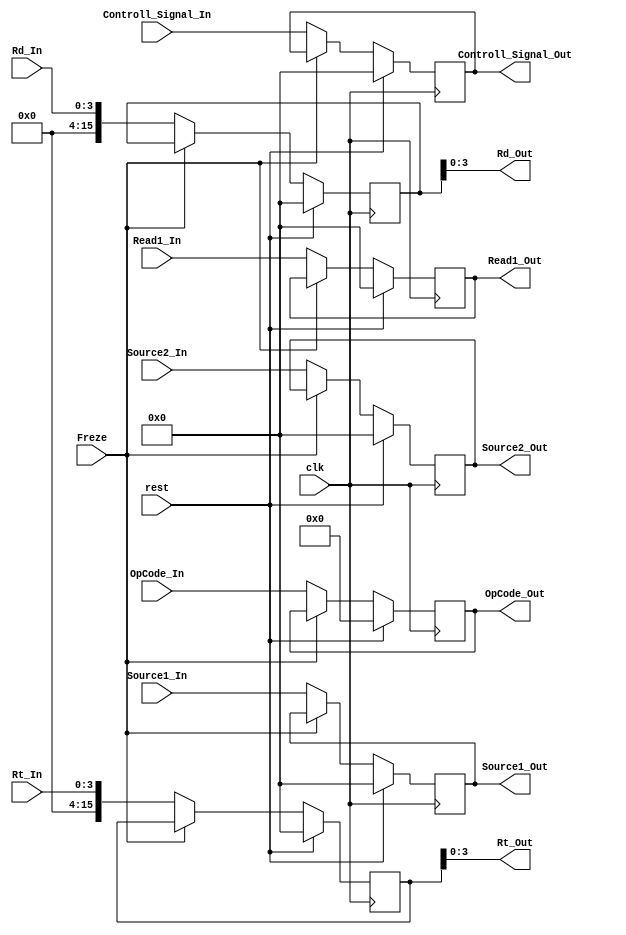
module ID2EX_Register(clk , rest , Freze , Controll_Signal_In , OpCode_In , Source1_In , Read1_In , Source2_In , Rd_In , Rt_In , Controll_Signal_Out , OpCode_Out , Source1_Out , Read1_Out , Source2_Out , Rd_Out , Rt_Out);
	input clk , rest , Freze ;
	input [3:0] OpCode_In , Rd_In , Rt_In ;
	output [3:0] OpCode_Out , Rd_Out , Rt_Out ;
	input [15:0]  Controll_Signal_In ,Source1_In , Read1_In , Source2_In  ;
	output [15:0] Controll_Signal_Out ,Source1_Out , Read1_Out , Source2_Out ;
	
	reg [15:0] Controll_Signal_Out_register ,Source1_Out_register , Read1_Out_register , Source2_Out_register , Rd_Out_register , Rt_Out_register ;
	assign Controll_Signal_Out = Controll_Signal_Out_register ; 
	assign Source1_Out = Source1_Out_register ;
	assign Read1_Out = Read1_Out_register ;
	assign Source2_Out = Source2_Out_register ;
	assign Rd_Out = Rd_Out_register ; 
	assign Rt_Out = Rt_Out_register ;
	reg [3:0] OpCode_Out_register ; 
	assign OpCode_Out = OpCode_Out_register ; 
	
	initial begin
Controll_Signal_Out_register <= 0 ;
			OpCode_Out_register <= 0 ;
			Source1_Out_register <= 0 ;
			Read1_Out_register <= 0 ;
			Source2_Out_register <= 0 ;
			Rd_Out_register <= 0 ;
			Rt_Out_register <= 0 ;
		end
	always @(posedge clk) begin 
		if (rest) begin 
			Controll_Signal_Out_register <= 0 ;
			OpCode_Out_register <= 0 ;
			Source1_Out_register <= 0 ;
			Read1_Out_register <= 0 ;
			Source2_Out_register <= 0 ;
			Rd_Out_register <= 0 ;
			Rt_Out_register <= 0 ;
		end
		else begin 
			if (!Freze) begin 
				Controll_Signal_Out_register <= Controll_Signal_In ;
				OpCode_Out_register <= OpCode_In ;
				Source1_Out_register <= Source1_In ;
				Read1_Out_register <= Read1_In ;
				Source2_Out_register <= Source2_In ;
				Rd_Out_register <= Rd_In ;	
				Rt_Out_register <= Rt_In ;
			end 
		end 
	end 

endmodule